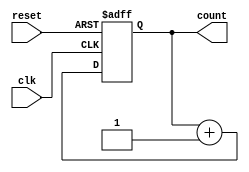
module counter_8bit (clk, reset, count);
input clk, reset;
output [7:0] count;
reg [7:0] count;                                   

always @ (posedge clk or negedge reset)
if (reset == 1'b0)
begin
  count <= 0;
end 
else 
begin
  count <= count + 1;
end
endmodule  


module counter8bit4 (clock0, clock1, clock2, clock3, reset, cnt0_8, cnt1_8, cnt2_8, cnt3_8);
input clock0, clock1, clock2, clock3;
input reset;
output [7:0] cnt0_8;
output [7:0] cnt1_8;
output [7:0] cnt2_8;
output [7:0] cnt3_8;

counter_8bit u_cnt0(.clk(clock0), .reset(reset), .count(cnt0_8));
counter_8bit u_cnt1(.clk(clock1), .reset(reset), .count(cnt1_8));
counter_8bit u_cnt2(.clk(clock2), .reset(reset), .count(cnt2_8));
counter_8bit u_cnt3(.clk(clock3), .reset(reset), .count(cnt3_8));

endmodule